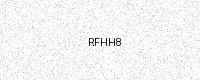
Text: RFHH8